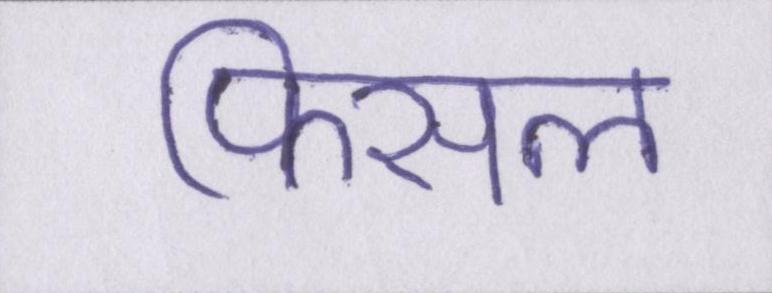
फिसल